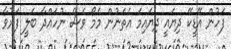
ފަހުން އޭޑީކޭ ދިޔައީ ދިޔައިމަ އެތަނުން މެމޯ ވެސް ނުހައްދާ ބެލީ ފަރުވާ